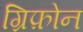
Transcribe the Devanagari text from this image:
ग्रिफ़ोन